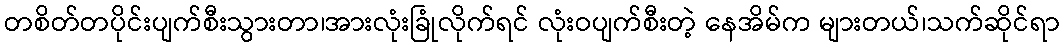
တစိတ်တပိုင်းပျက်စီးသွားတာ၊အားလုံးခြုံလိုက်ရင် လုံးဝပျက်စီးတဲ့ နေအိမ်က များတယ်၊သက်ဆိုင်ရာ